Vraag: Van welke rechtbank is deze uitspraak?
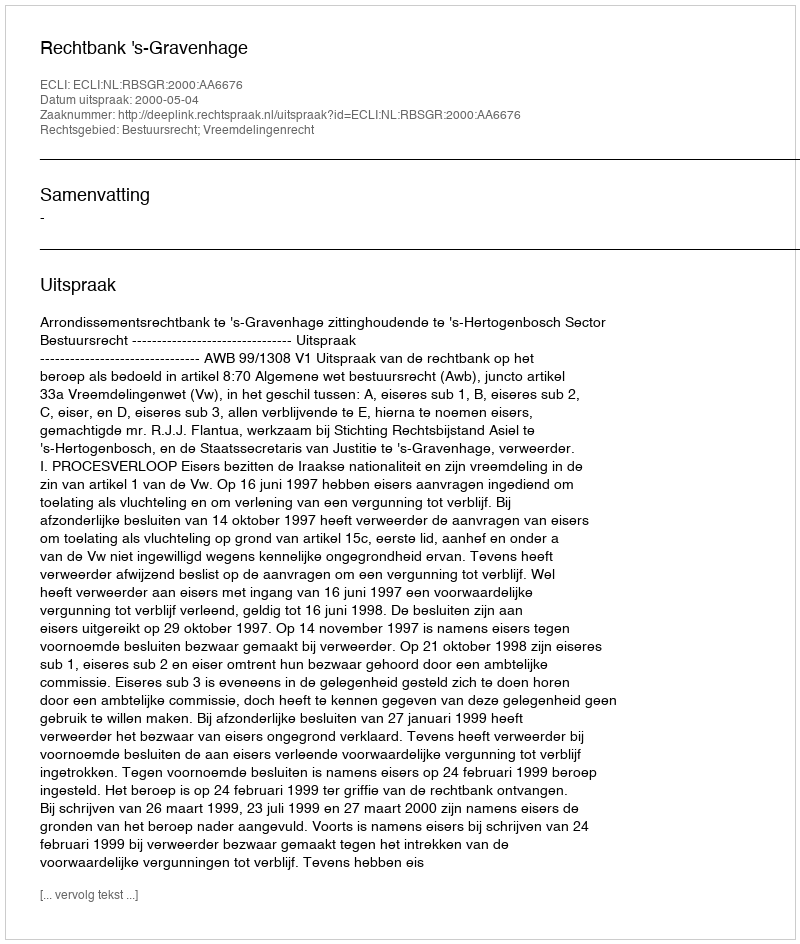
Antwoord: Rechtbank 's-Gravenhage